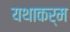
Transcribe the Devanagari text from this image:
यथाकर्म